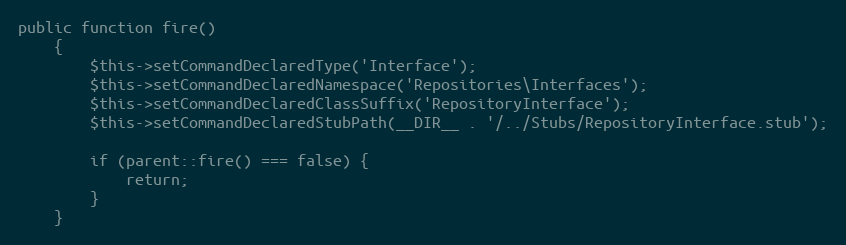
Language: PHP
public function fire()
    {
        $this->setCommandDeclaredType('Interface');
        $this->setCommandDeclaredNamespace('Repositories\Interfaces');
        $this->setCommandDeclaredClassSuffix('RepositoryInterface');
        $this->setCommandDeclaredStubPath(__DIR__ . '/../Stubs/RepositoryInterface.stub');

        if (parent::fire() === false) {
            return;
        }
    }